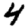
Digit: 4